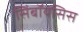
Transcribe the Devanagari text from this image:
सिंबॉयसिस